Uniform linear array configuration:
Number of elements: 12
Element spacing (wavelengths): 0.75
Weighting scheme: cosine
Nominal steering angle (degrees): -30
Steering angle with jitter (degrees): -28.873
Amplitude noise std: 0.05
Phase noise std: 0.05

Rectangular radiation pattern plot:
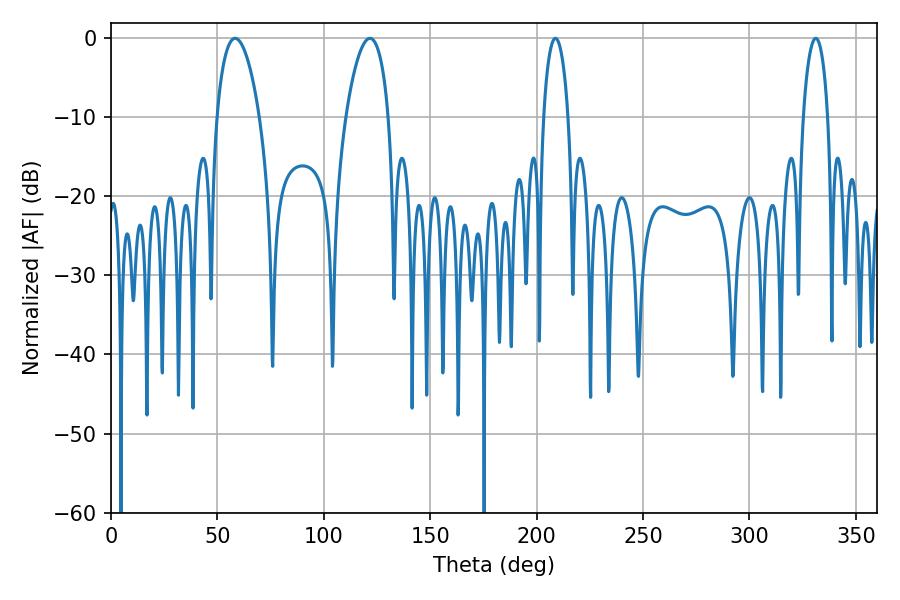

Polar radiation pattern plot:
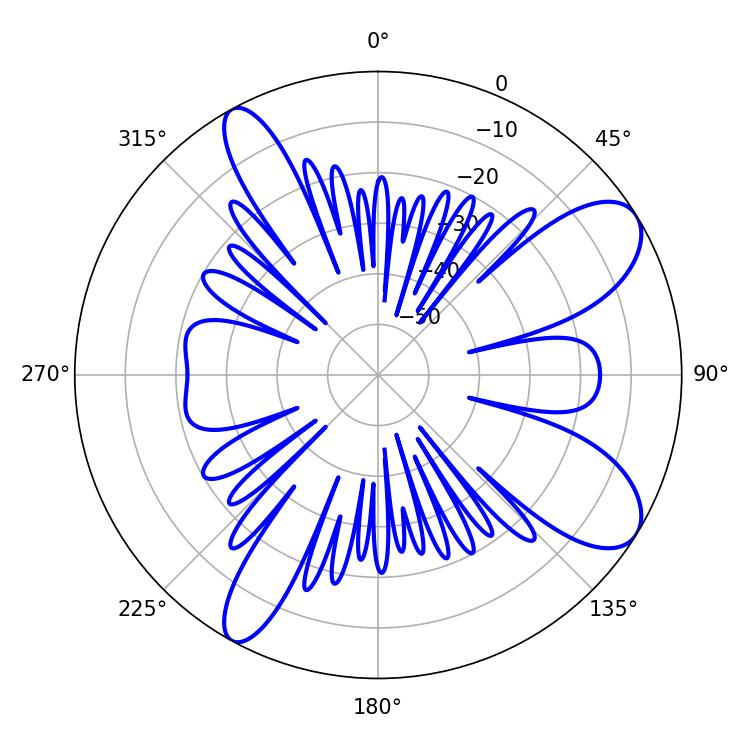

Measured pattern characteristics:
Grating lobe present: TRUE
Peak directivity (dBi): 9.233
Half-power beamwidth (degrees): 11.34
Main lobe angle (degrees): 58.32